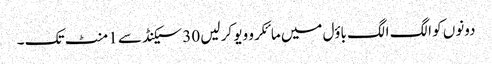
دونوں کو الگ الگ باؤل میں مائکرو ویو کر لیں 30 سیکنڈ سے 1 منٹ تک ۔